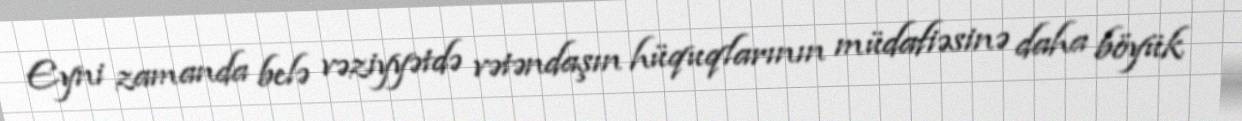
Eyni zamanda belə vəziyyətdə vətəndaşın hüquqlarının müdafiəsinə daha böyük